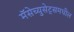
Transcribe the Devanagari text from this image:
मॅसेच्युसेट्समधील